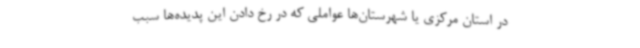
در استان مرکزی یا شهرستان‌ها عواملی که در رخ دادن این پدیده‌ها سبب